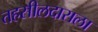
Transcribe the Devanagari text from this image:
तहसीलदाराला